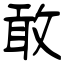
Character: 敢